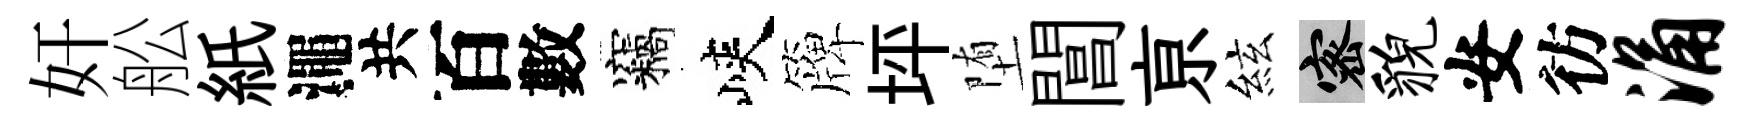
奸舩紙澠共百數竊峽簰坪堕閶亰絃密貌安彷涌